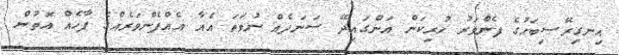
އިނގިރޭސިބަހުގެ ފެންވަރު ހުރިކަން އަންގައިދޭ ސަނަދެއް ނުވަތަ އެއާ އެއްފެންވަރެއްގެ ފާހެއް އޮތުން